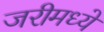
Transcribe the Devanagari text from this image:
जरीमध्ये